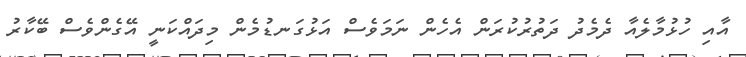
އާއި ހުޅުމާލެއާ ދެމެދު ދަތުރުކުރަން އެހެން ނަމަވެސް އަޅުގަނޑުމެން މިދައްކަނީ އޭގެންވެސް ބޭކާރު